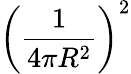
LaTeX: \left(\frac{1}{4\pi R^{2}}\right)^{2}